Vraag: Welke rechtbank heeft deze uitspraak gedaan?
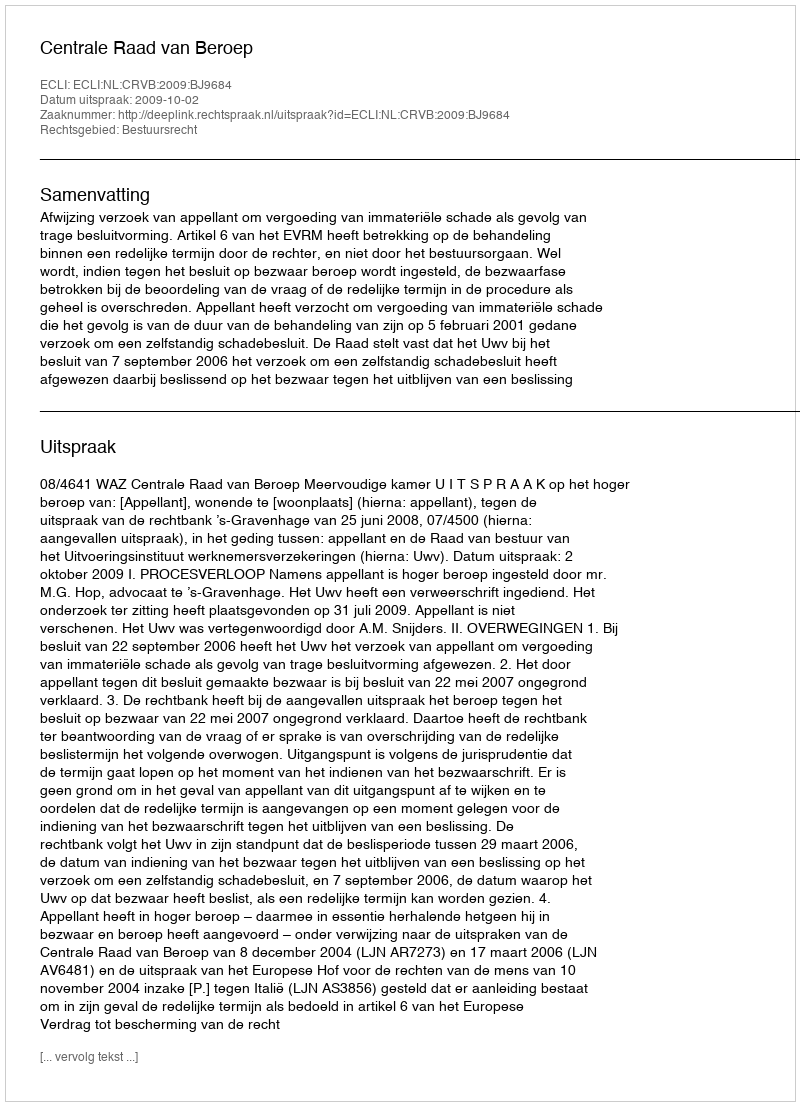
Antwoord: Centrale Raad van Beroep